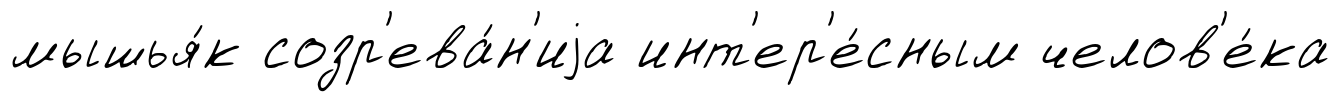
мышья́к созр'ева́н'иjа инт'ер'е́сным челов'е́ка